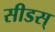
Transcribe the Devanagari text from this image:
सीडस्